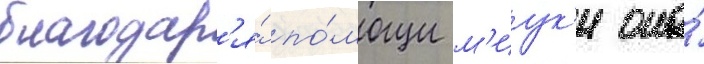
благодар'я́ по́мощи м'иук'и она́